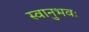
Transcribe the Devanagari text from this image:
स्वानुभवः